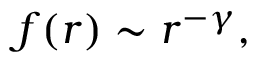
f ( r ) \sim r ^ { - \gamma } ,